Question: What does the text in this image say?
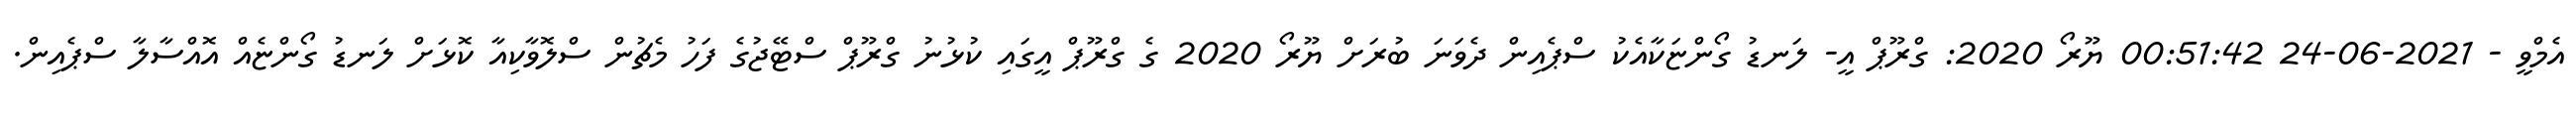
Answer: އެމްވީ - 2021-06-24 00:51:42 ޔޫރޯ 2020: ގްރޫޕް އީ- ލަނޑު ގޯންޏަކާއެކު ސްޕެއިން ދެވަނަ ބުރަށް ޔޫރޯ 2020 ގެ ގްރޫޕް އީގައި ކުޅުނު ގްރޫޕް ސްޓޭޖުގެ ފަހު މެޗުން ސްލޮވާކިއާ ކޮޅަށް ލަނޑު ގޯންޏެއް އޮއްސާލާ ސްޕެއިން.